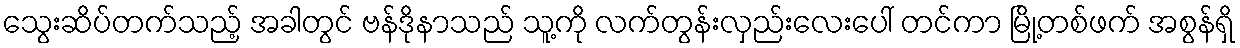
သွေးဆိပ်တက်သည့် အခါတွင် ဗန်ဒိုနာသည် သူ့ကို လက်တွန်းလှည်းလေးပေါ် တင်ကာ မြို့တစ်ဖက် အစွန်ရှိ